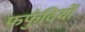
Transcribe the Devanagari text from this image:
फफुंदियों